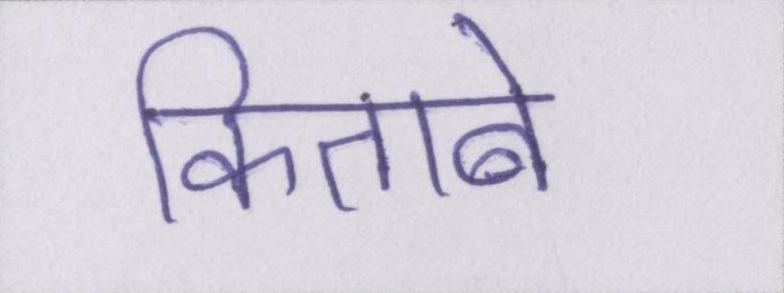
किताबें